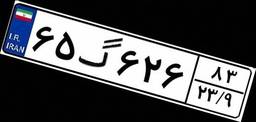
۶۵گ۶۲۶۸۳